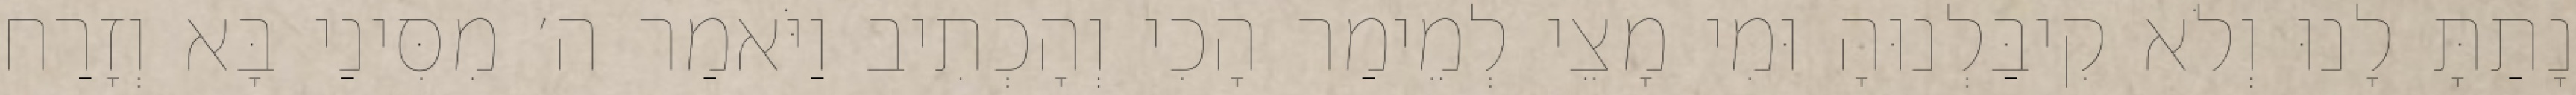
נָתַתָּ לָנוּ וְלֹא קִיבַּלְנוּהָ וּמִי מָצֵי לְמֵימַר הָכִי וְהָכְתִיב וַיֹּאמַר ה׳ מִסִּינַי בָּא וְזָרַח